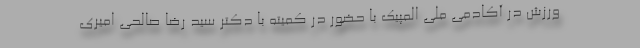
ورزش در آکادمی ملی المپیک با حضور در کمیته با دکتر سید رضا صالحی امیری